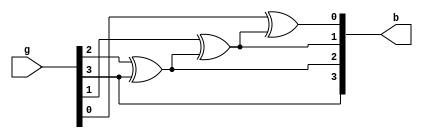
module q3(g, b);
parameter n = 4;
input [n-1: 0]g;
output [n-1: 0]b;
reg [n-1: 0]b;
integer k;
always @(g or b)
	begin
		b[n-1] = g[n-1];
		for(k = n-2; k > -1; k = k-1)
			begin 
				b[k] = g[k] ^ b[k+1];
			end
	end
endmodule